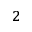
^ 2